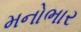
મનોભાર